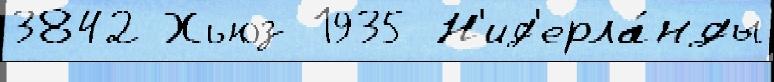
3842 Хьюз 1935 Н'ид'ерла́нды